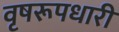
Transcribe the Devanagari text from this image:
वृषरूपधारी